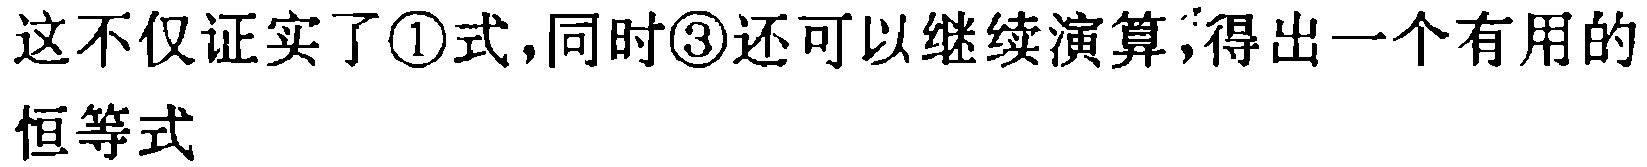
这不仅证实了\textcircled{1}式,同时\textcircled{3}还可以继续演算,得出一个有用的恒等式